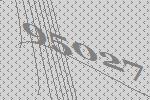
95027